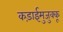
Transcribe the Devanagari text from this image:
कड़ाईमुजुक्कू